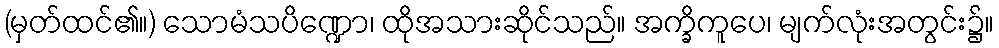
(မှတ်ထင်၏။) သောမံသပိဏ္ဍော၊ ထိုအသားဆိုင်သည်။ အက္ခိကူပေ၊ မျက်လုံးအတွင်း၌။